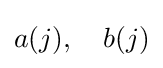
a(j),\quad b(j)